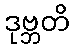
ဒုဗ္ဘတိ